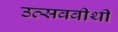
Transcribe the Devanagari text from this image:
उत्सववीथी